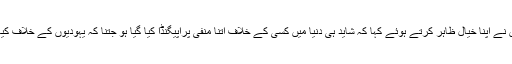
انہوں نے اپنا خیال ظاہر کرتے ہوئے کہا کہ شاید ہی دنیا میں کسی کے خلاف اتنا منفی پراپیگنڈا کیا گیا ہو جتنا کہ یہودیوں کے خلاف کیا گیا۔